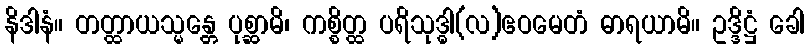
နိဒါနံ။ တတ္ထာယသ္မန္တေ ပုစ္ဆာမိ၊ ကစ္စိတ္ထ ပရိသုဒ္ဓါ(လ)ဧဝမေတံ ဓာရယာမိ။ ဥဒ္ဒိဋ္ဌံ ခေါ